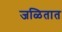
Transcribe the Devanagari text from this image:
जळितात